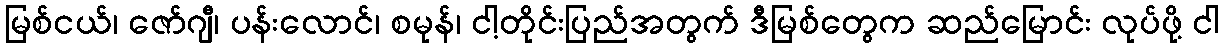
မြစ်ငယ်၊ ဇော်ဂျီ၊ ပန်းလောင်၊ စမုန်၊ ငါ့တိုင်းပြည်အတွက် ဒီမြစ်တွေက ဆည်မြောင်း လုပ်ဖို့ ငါ